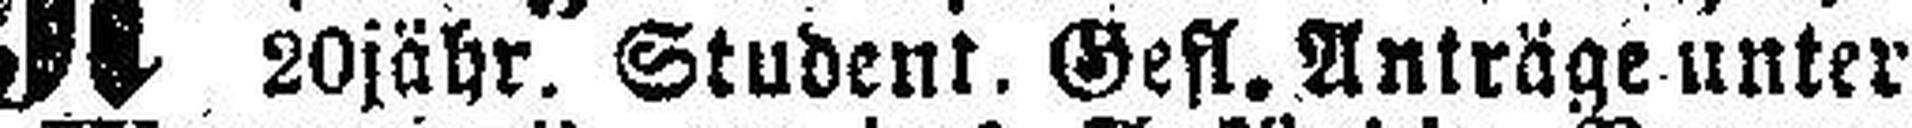
20jähr. Student. Gefl. Anträge unter